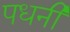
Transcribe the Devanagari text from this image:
पधनी